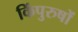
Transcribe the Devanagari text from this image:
किंपुरुषों